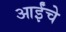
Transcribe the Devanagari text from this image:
आईंचे